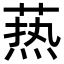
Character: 𦶟